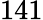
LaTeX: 141